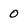
Character: 0